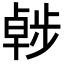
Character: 𣦖